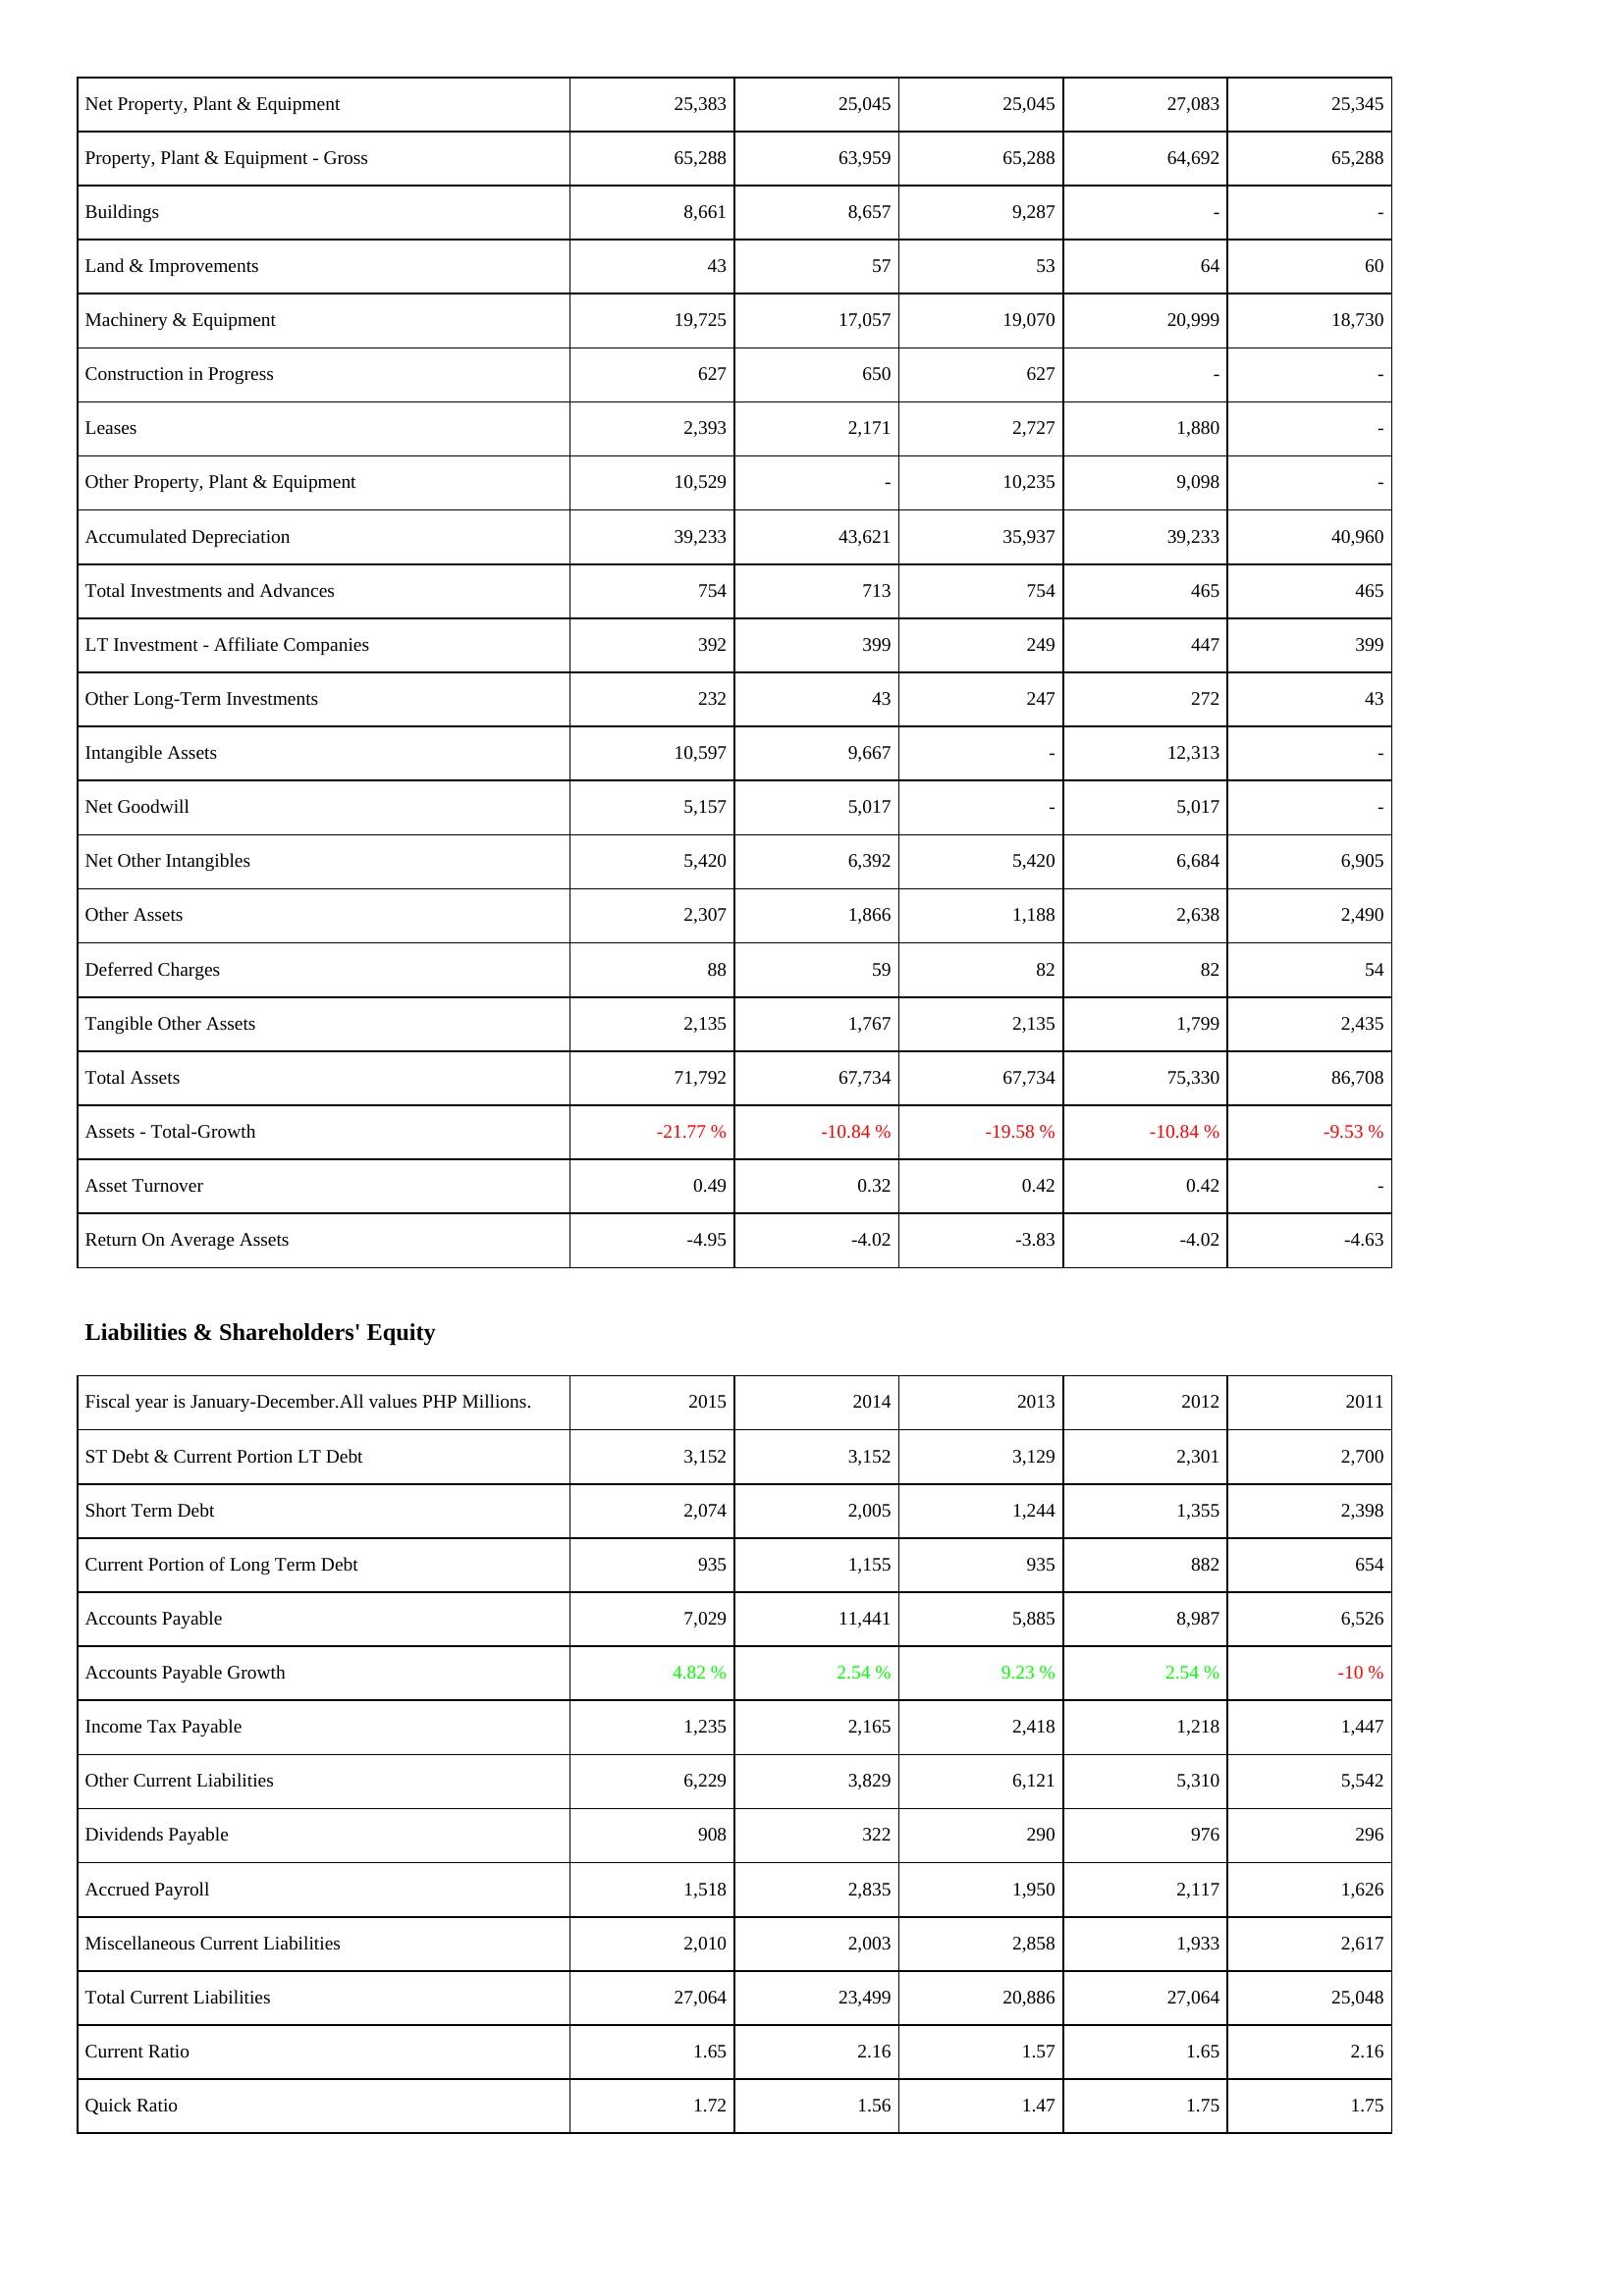
2015: Assets: Net Property, Plant & Equipment: 25,383
Property, Plant & Equipment - Gross: 65,288
Buildings: 8,661
Land & Improvements: 43
Machinery & Equipment: 19,725
Construction in Progress: 627
Leases: 2,393
Other Property, Plant & Equipment: 10,529
Accumulated Depreciation: 39,233
Total Investments and Advances: 754
LT Investment - Affiliate Companies: 392
Other Long-Term Investments: 232
Intangible Assets: 10,597
Net Goodwill: 5,157
Net Other Intangibles: 5,420
Other Assets: 2,307
Deferred Charges: 88
Tangible Other Assets: 2,135
Total Assets: 71,792
Assets - Total-Growth: -21.77 %
Asset Turnover: 0.49
Return On Average Assets: -4.95
Liabilities & Shareholders' Equity: ST Debt & Current Portion LT Debt: 3,152
Short Term Debt: 2,074
Current Portion of Long Term Debt: 935
Accounts Payable: 7,029
Accounts Payable Growth: 4.82 %
Income Tax Payable: 1,235
Other Current Liabilities: 6,229
Dividends Payable: 908
Accrued Payroll: 1,518
Miscellaneous Current Liabilities: 2,010
Total Current Liabilities: 27,064
Current Ratio: 1.65
Quick Ratio: 1.72
2014: Assets: Net Property, Plant & Equipment: 25,045
Property, Plant & Equipment - Gross: 63,959
Buildings: 8,657
Land & Improvements: 57
Machinery & Equipment: 17,057
Construction in Progress: 650
Leases: 2,171
Other Property, Plant & Equipment: -
Accumulated Depreciation: 43,621
Total Investments and Advances: 713
LT Investment - Affiliate Companies: 399
Other Long-Term Investments: 43
Intangible Assets: 9,667
Net Goodwill: 5,017
Net Other Intangibles: 6,392
Other Assets: 1,866
Deferred Charges: 59
Tangible Other Assets: 1,767
Total Assets: 67,734
Assets - Total-Growth: -10.84 %
Asset Turnover: 0.32
Return On Average Assets: -4.02
Liabilities & Shareholders' Equity: ST Debt & Current Portion LT Debt: 3,152
Short Term Debt: 2,005
Current Portion of Long Term Debt: 1,155
Accounts Payable: 11,441
Accounts Payable Growth: 2.54 %
Income Tax Payable: 2,165
Other Current Liabilities: 3,829
Dividends Payable: 322
Accrued Payroll: 2,835
Miscellaneous Current Liabilities: 2,003
Total Current Liabilities: 23,499
Current Ratio: 2.16
Quick Ratio: 1.56
2013: Assets: Net Property, Plant & Equipment: 25,045
Property, Plant & Equipment - Gross: 65,288
Buildings: 9,287
Land & Improvements: 53
Machinery & Equipment: 19,070
Construction in Progress: 627
Leases: 2,727
Other Property, Plant & Equipment: 10,235
Accumulated Depreciation: 35,937
Total Investments and Advances: 754
LT Investment - Affiliate Companies: 249
Other Long-Term Investments: 247
Intangible Assets: -
Net Goodwill: -
Net Other Intangibles: 5,420
Other Assets: 1,188
Deferred Charges: 82
Tangible Other Assets: 2,135
Total Assets: 67,734
Assets - Total-Growth: -19.58 %
Asset Turnover: 0.42
Return On Average Assets: -3.83
Liabilities & Shareholders' Equity: ST Debt & Current Portion LT Debt: 3,129
Short Term Debt: 1,244
Current Portion of Long Term Debt: 935
Accounts Payable: 5,885
Accounts Payable Growth: 9.23 %
Income Tax Payable: 2,418
Other Current Liabilities: 6,121
Dividends Payable: 290
Accrued Payroll: 1,950
Miscellaneous Current Liabilities: 2,858
Total Current Liabilities: 20,886
Current Ratio: 1.57
Quick Ratio: 1.47
2012: Assets: Net Property, Plant & Equipment: 27,083
Property, Plant & Equipment - Gross: 64,692
Buildings: -
Land & Improvements: 64
Machinery & Equipment: 20,999
Construction in Progress: -
Leases: 1,880
Other Property, Plant & Equipment: 9,098
Accumulated Depreciation: 39,233
Total Investments and Advances: 465
LT Investment - Affiliate Companies: 447
Other Long-Term Investments: 272
Intangible Assets: 12,313
Net Goodwill: 5,017
Net Other Intangibles: 6,684
Other Assets: 2,638
Deferred Charges: 82
Tangible Other Assets: 1,799
Total Assets: 75,330
Assets - Total-Growth: -10.84 %
Asset Turnover: 0.42
Return On Average Assets: -4.02
Liabilities & Shareholders' Equity: ST Debt & Current Portion LT Debt: 2,301
Short Term Debt: 1,355
Current Portion of Long Term Debt: 882
Accounts Payable: 8,987
Accounts Payable Growth: 2.54 %
Income Tax Payable: 1,218
Other Current Liabilities: 5,310
Dividends Payable: 976
Accrued Payroll: 2,117
Miscellaneous Current Liabilities: 1,933
Total Current Liabilities: 27,064
Current Ratio: 1.65
Quick Ratio: 1.75
2011: Assets: Net Property, Plant & Equipment: 25,345
Property, Plant & Equipment - Gross: 65,288
Buildings: -
Land & Improvements: 60
Machinery & Equipment: 18,730
Construction in Progress: -
Leases: -
Other Property, Plant & Equipment: -
Accumulated Depreciation: 40,960
Total Investments and Advances: 465
LT Investment - Affiliate Companies: 399
Other Long-Term Investments: 43
Intangible Assets: -
Net Goodwill: -
Net Other Intangibles: 6,905
Other Assets: 2,490
Deferred Charges: 54
Tangible Other Assets: 2,435
Total Assets: 86,708
Assets - Total-Growth: -9.53 %
Asset Turnover: -
Return On Average Assets: -4.63
Liabilities & Shareholders' Equity: ST Debt & Current Portion LT Debt: 2,700
Short Term Debt: 2,398
Current Portion of Long Term Debt: 654
Accounts Payable: 6,526
Accounts Payable Growth: -10 %
Income Tax Payable: 1,447
Other Current Liabilities: 5,542
Dividends Payable: 296
Accrued Payroll: 1,626
Miscellaneous Current Liabilities: 2,617
Total Current Liabilities: 25,048
Current Ratio: 2.16
Quick Ratio: 1.75